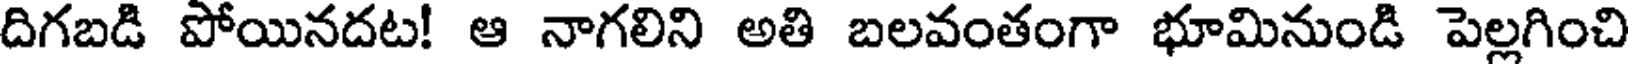
దిగబడి పోయినదట! ఆ నాగలిని అతి బలవంతంగా భూమినుండి పెల్లగించి